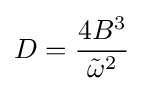
D={\frac {4B^{3}}{{\tilde {\omega }}^{2}}}